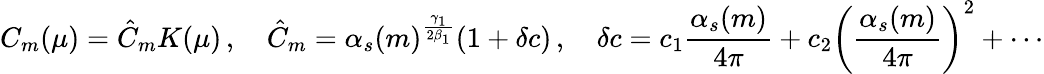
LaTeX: C_{m}(\mu)=\hat{C}_{m}K(\mu)\, ,\quad\hat{C}_{m}=\alpha_{s}(m)^{\frac{\gamma_{1}}{2\beta_{1}}}(1+\delta c)\, ,\quad\delta c=c_{1}\frac{\alpha_{s}(m)}{4\pi}+c_{2}\left(\frac{\alpha_{s}(m)}{4\pi}\right)^{2}+\cdots